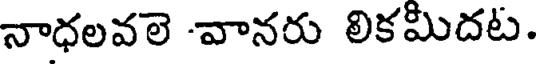
నాధలవలె వానరు లికమిదట.